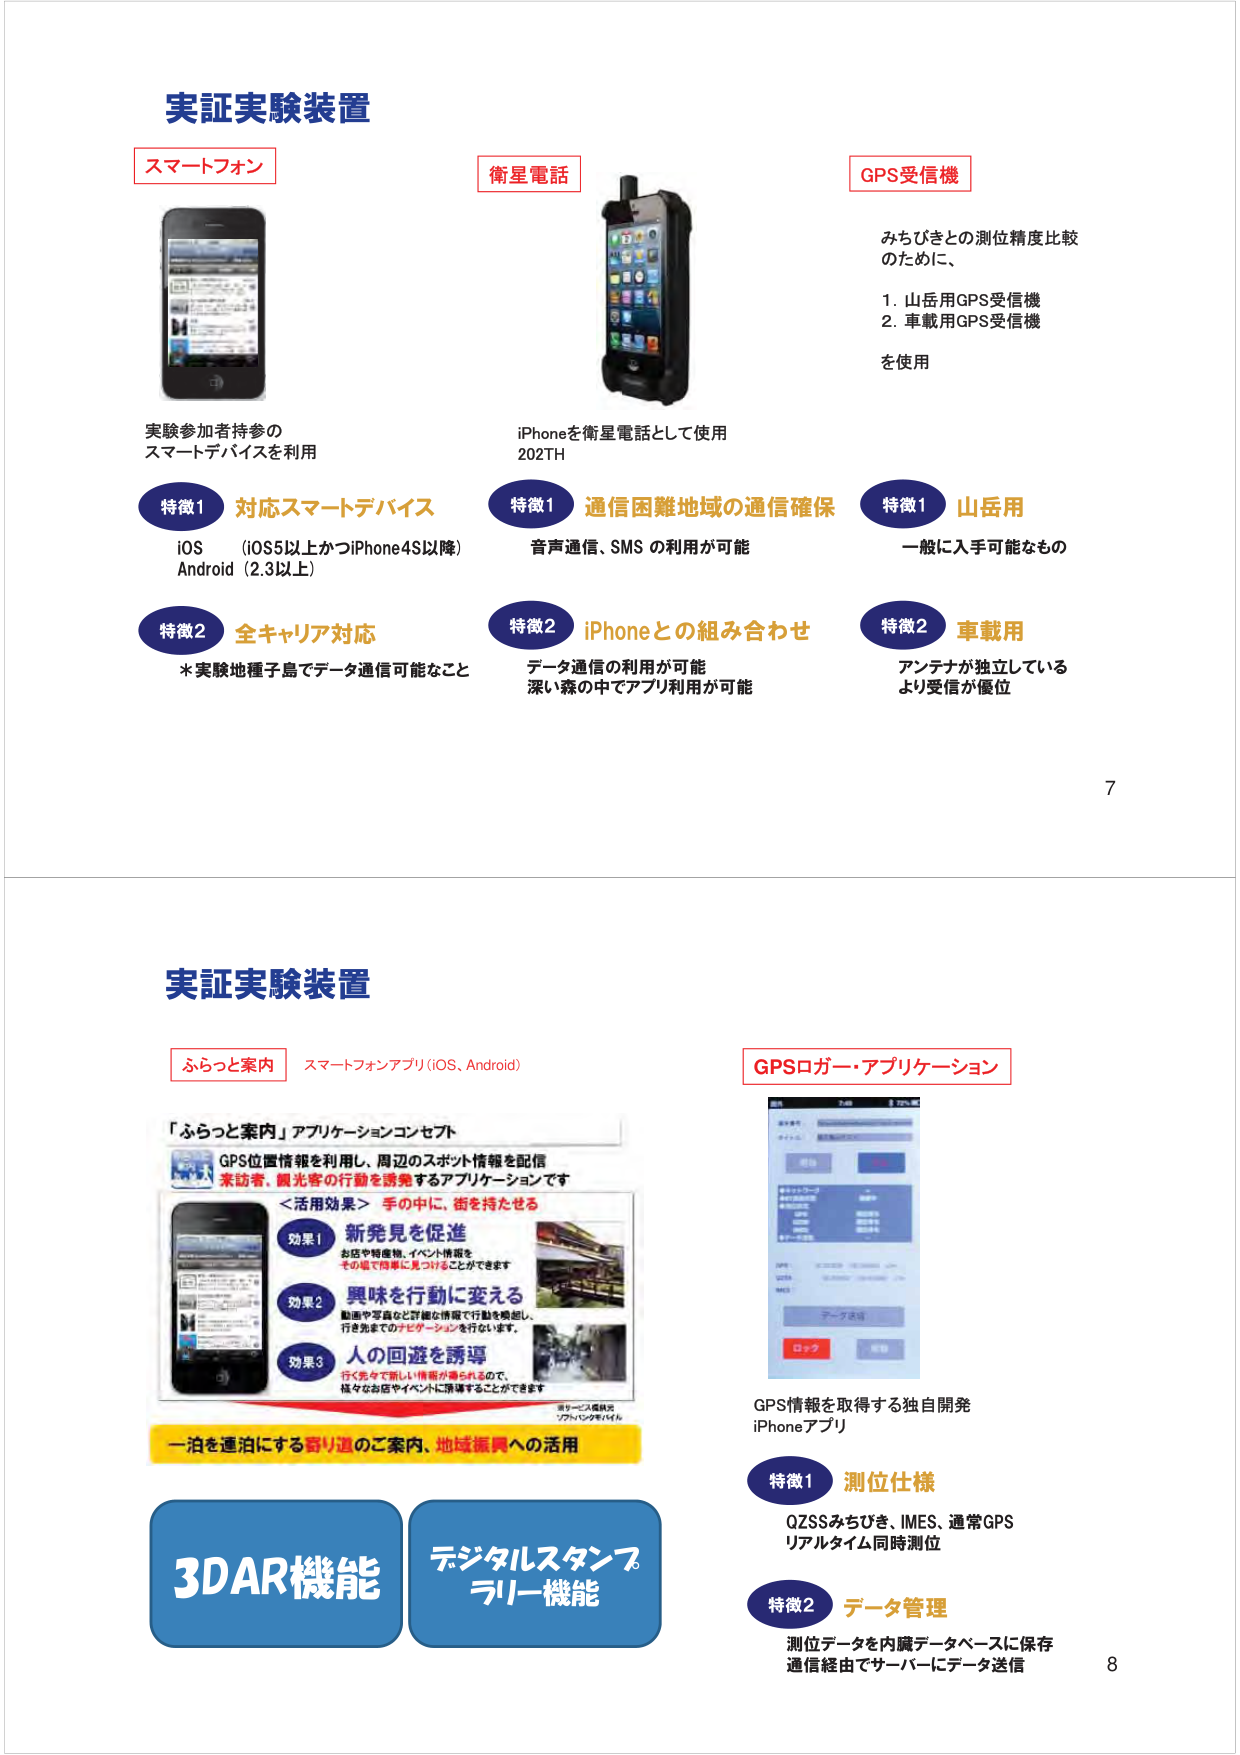
実証実験装置
スマートフォン
実験参加者持参の
スマートデバイスを利用
特徴1 対応スマートデバイス
iOS （iOS5以上かつiPhone4S以降）
Android（2.3以上）
特徴2 全キャリア対応
*実験地種子島でデータ通信可能なこと

衛星電話
iPhoneを衛星電話として使用
202TH
特徴1 通信困難地域の通信確保
音声通信、SMSの利用が可能
特徴2 iPhoneとの組み合わせ
データ通信の利用が可能
深い森の中でアプリ利用が可能

GPS受信機
みちびきとの測位精度比較
のために、
1. 山岳用GPS受信機
2. 車載用GPS受信機
を使用
特徴1 山岳用
一般に入手可能なもの
特徴2 車載用
アンテナが独立している
より受信が優位

7

実証実験装置
ふらっと案内 スマートフォンアプリ（iOS、Android）
「ふらっと案内」アプリケーションコンセプト
GPS位置情報を利用し、周辺のスポット情報を配信
来訪者、観光客の行動を誘導するアプリケーションです
＜活用効果＞ 手の中に、街を持たせる
効果1 新発見を促進
お店や特産物、イベント情報を
その場で簡単に見つけることができます
効果2 興味を行動に変える
動画や写真など詳細な情報で行動を喚起し、
行き先までのナビゲーションを行ないます。
効果3 人の回遊を誘導
行く先々で新しい情報が得られるので、
様々なお店やイベントに誘導することができます
一泊を連泊にする誘引道のご案内、地域振興への活用
3DAR機能
デジタルスタンプラリー機能

GPSロガー・アプリケーション
GPS情報を取得する独自開発
iPhoneアプリ
特徴1 測位仕様
QZSSみちびき、IMES、通常GPS
リアルタイム同時測位
特徴2 データ管理
測位データを内蔵データベースに保存
通信経由でサーバーにデータ送信

8